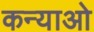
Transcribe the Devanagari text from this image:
कन्याओ